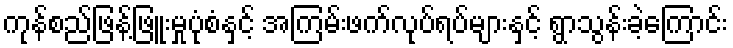
ကုန်စည်ဖြန့်ဖြူးမှုပုံစံနှင့် အကြမ်းဖက်လုပ်ရပ်များနှင့် ရွာသွန်းခဲ့ကြောင်း